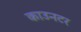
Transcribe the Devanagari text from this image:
काउनटर